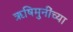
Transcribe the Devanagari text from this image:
ऋषिमुनींच्या